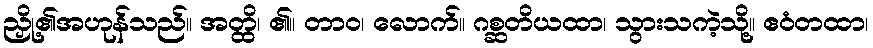
ညှို့၏အဟုန်သည်။ အတ္ထိ၊ ၏။ တာဝ၊ လောက်။ ဂစ္ဆတိယထာ၊ သွားသကဲ့သို့။ ဧဝံတထာ၊